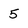
Character: 5